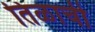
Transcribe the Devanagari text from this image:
तिळाची